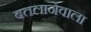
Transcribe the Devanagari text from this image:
बतलानेवाला